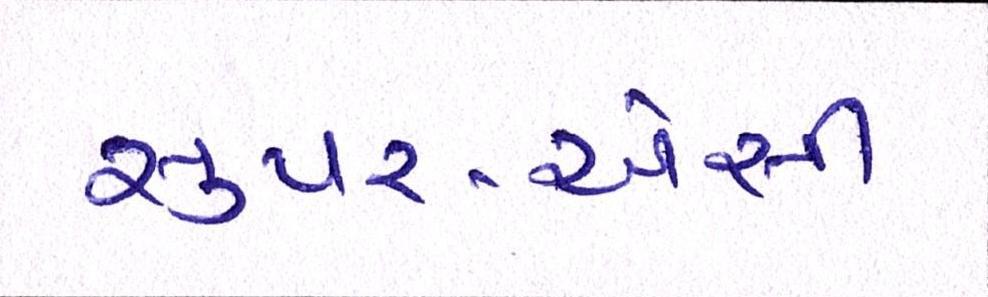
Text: સુપર-એસી